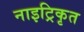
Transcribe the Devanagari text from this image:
नाइट्रिकृत